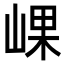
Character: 𡸖